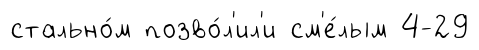
стально́м позво́л'ил'и см'е́лым 4-29